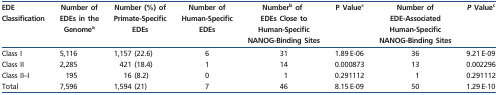
<table><thead><tr><td><b>EDE Classification</b></td><td><b>Number of EDEs in the Genome<sup>a</sup></b></td><td><b>Number (%) of Primate-Specific EDEs</b></td><td><b>Number of Human-Specific EDEs</b></td><td><b>Number<sup>b</sup> of EDEs Close to Human-Specific NANOG-Binding Sites</b></td><td><b>P Value<sup>c</sup></b></td><td><b>Number of EDE-Associated Human-Specific NANOG-Binding Sites</b></td><td><b><i>P</i> Value<sup>c</sup></b></td></tr></thead><tbody><tr><td>Class I</td><td>5,116</td><td>1,157 (22.6)</td><td>6</td><td>31</td><td>1.89 E-06</td><td>36</td><td>9.21 E-09</td></tr><tr><td>Class II</td><td>2,285</td><td>421 (18.4)</td><td>1</td><td>14</td><td>0.000873</td><td>13</td><td>0.002296</td></tr><tr><td>Class II–I</td><td>195</td><td>16 (8.2)</td><td>0</td><td>1</td><td>0.291112</td><td>1</td><td>0.291112</td></tr><tr><td>Total</td><td>7,596</td><td>1,594 (21)</td><td>7</td><td>46</td><td>8.15 E-09</td><td>50</td><td>1.29 E-10</td></tr></tbody></table>